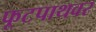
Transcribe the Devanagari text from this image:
फूटपाथवर